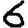
Digit: 6